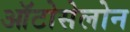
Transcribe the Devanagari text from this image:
ऑटोसेलोन